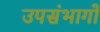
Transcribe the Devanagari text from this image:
उपसंभागों